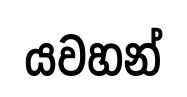
යවහන්